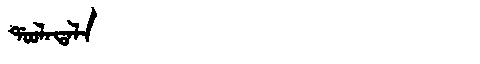
Manchu: ᡩᠣᠣᠯᠠᡨᠠᠯᠠ
Romanization: DOOLATALA